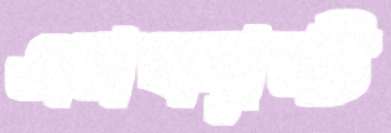
এনফ্যান্ট